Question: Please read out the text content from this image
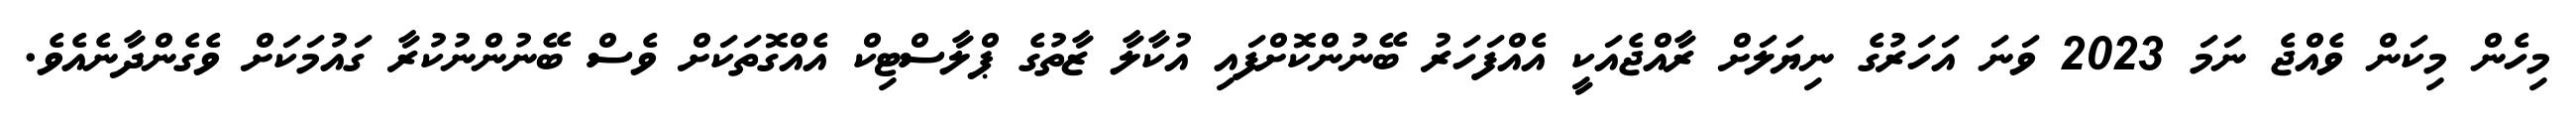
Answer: މިހެން މިކަން ވެއްޖެ ނަމަ 2023 ވަނަ އަހަރުގެ ނިޔަލަށް ރާއްޖެއަކީ އެއްފަހަރު ބޭނުންކޮށްފައި އުކާލާ ޒާތުގެ ޕްލާސްޓިކް އެއްގޮތަކަށް ވެސް ބޭނުންނުކުރާ ގައުމަކަށް ވެގެންދާނެއެވެ.